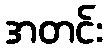
အတင်း